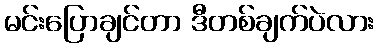
မင်းပြောချင်တာ ဒီတစ်ချက်ပဲလား